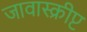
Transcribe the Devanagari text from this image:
जावास्क्रीप्ट